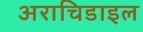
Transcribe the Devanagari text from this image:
अराचिडाइल